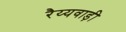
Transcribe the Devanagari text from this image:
रैय्यवाड़ी